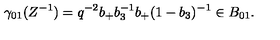
\gamma _ { 0 1 } ( Z ^ { - 1 } ) = q ^ { - 2 } b _ { + } b _ { 3 } ^ { - 1 } b _ { + } ( 1 - b _ { 3 } ) ^ { - 1 } \in B _ { 0 1 } .